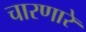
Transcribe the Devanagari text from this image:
चारणारे